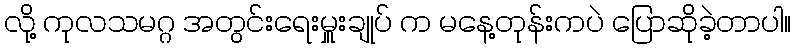
လို့ ကုလသမဂ္ဂ အတွင်းရေးမှူးချုပ် က မနေ့တုန်းကပဲ ပြောဆိုခဲ့တာပါ။